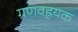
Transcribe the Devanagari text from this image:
ग्रणवह्रयक